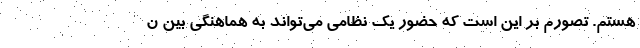
هستم. تصورم بر این است که حضور یک نظامی می‌تواند به هماهنگی بین ن